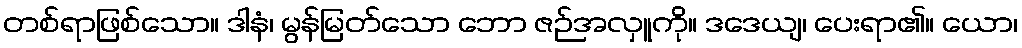
တစ်ရာဖြစ်သော။ ဒါနံ၊ မွန်မြတ်သော ဘော ဇဉ်အလှူကို။ ဒဒေယျ၊ ပေးရာ၏။ ယော၊